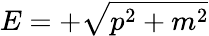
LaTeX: E=+{\sqrt{p^{2}+m^{2}}}